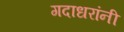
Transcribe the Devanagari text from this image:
गदाधरांनी